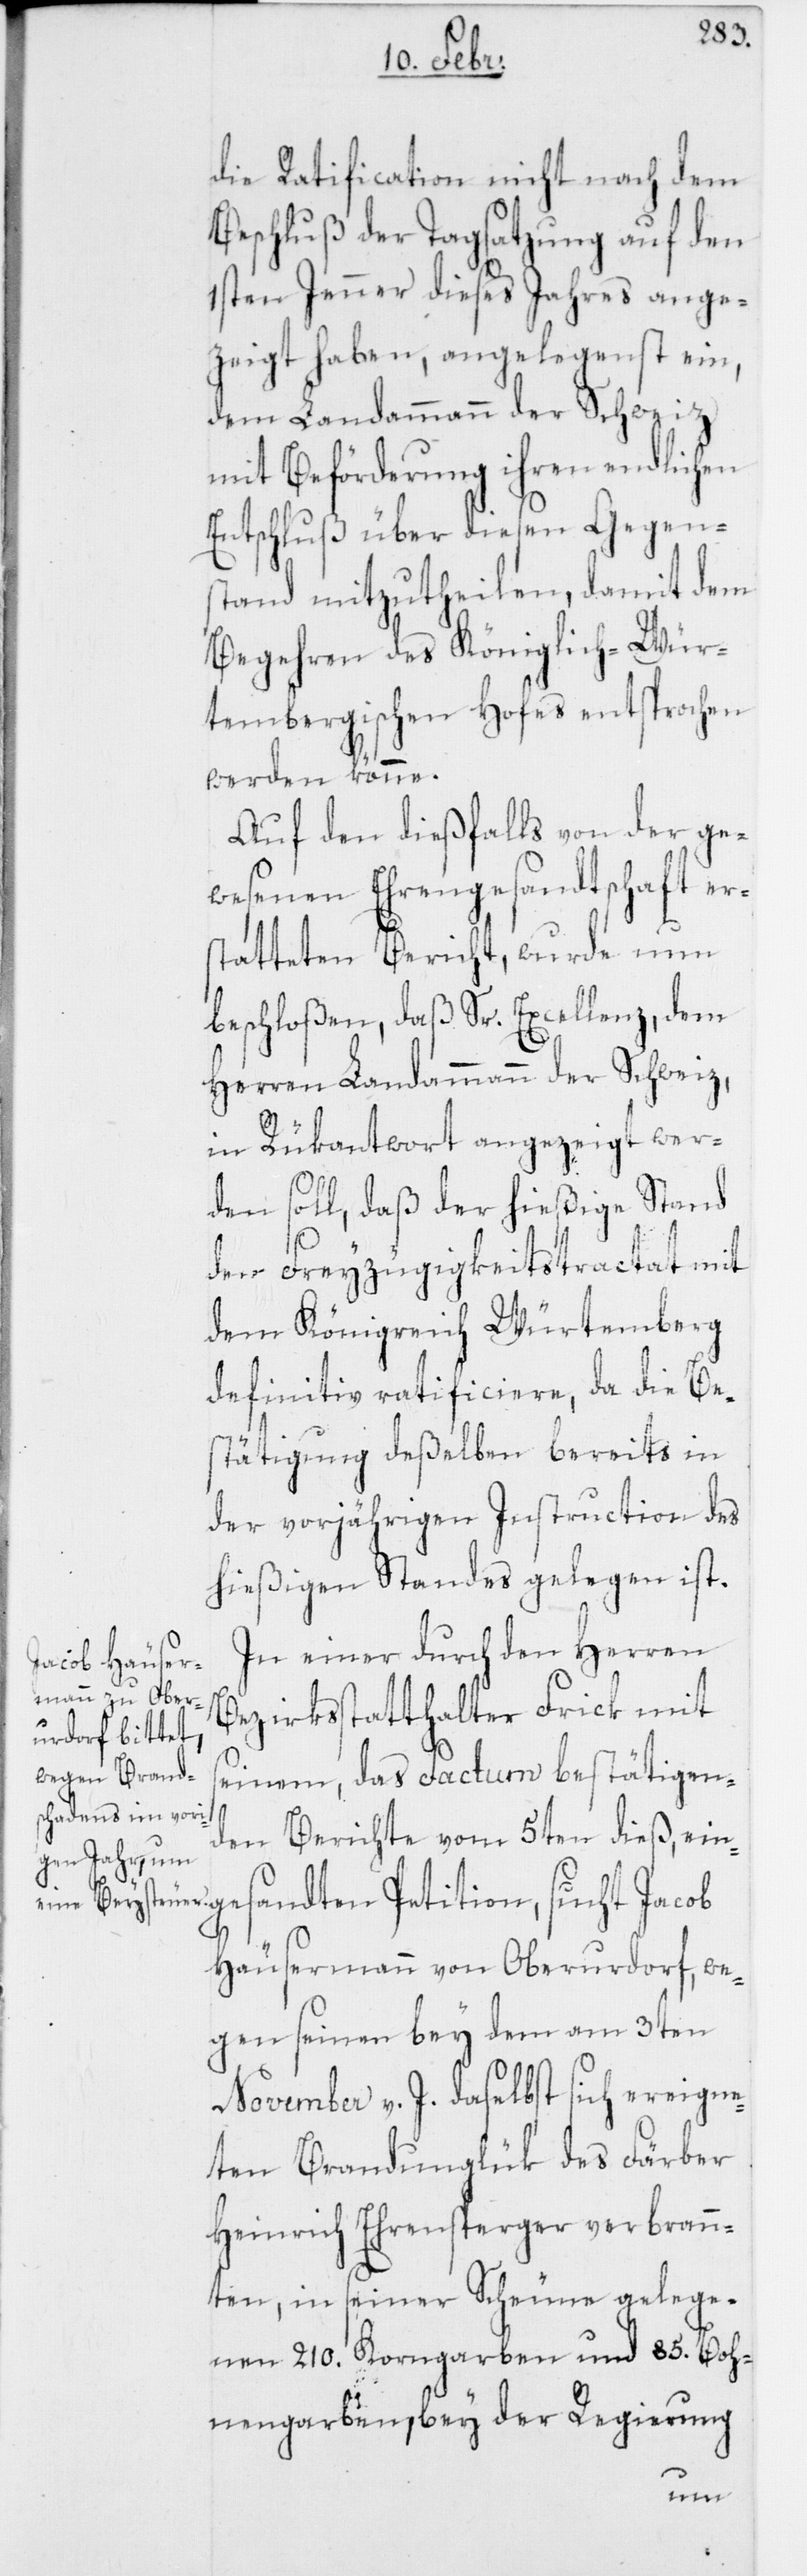
die Ratification nicht nach dem
Beschluß der Tagsatzung auf den
1sten Jenner dieses Jahres ange¬
zeigt haben, angelegenst ein,
dem Landammann der Schweiz
mit Beförderung ihren endlichen
Entschluß über diesen Gegen¬
stand mitzutheilen, damit dem
Begehren des Königlich-Wür¬
tembergischen Hofes entsprochen
werden könne.
Auf den dießfalls von der ge¬
wesenen Ehrengesandtschaft er¬
statteten Bericht, wurde nun
beschloßen, daß Sr. Excellenz, dem
Herren Landammann der Schweiz,
in Rükantwort angezeigt wer¬
den soll, daß der hießige Stand
den Freyzügigkeitstractat mit
dem Königreich Würtemberg
definitiv ratificiere, da die Be¬
stätigung deßelben bereits in
der vorjährigen Instruction des
hießigen Standes gelegen ist.
In einer durch den Herren
Bezirksstatthalter Frick mit
seinem, das Factum bestätigen¬
den Berichte vom 5ten dieß, ein¬
gesandten Petition, sucht Jacob
Häusermann von Oberurdorf, we¬
gen seinen bey dem am 3ten
November v. J. daselbst sich ereigne¬
ten Brandunglük des Färber
Heinrich Ehrensperger verbrann¬
ten, in seiner Scheune gelege¬
nen 210. Korngarben und 85. Boh¬
nengarben, bey der Regierung